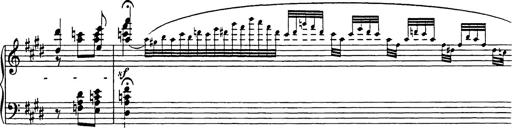
Title: Consolations
Composer: Franz Liszt